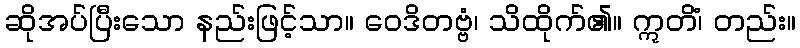
ဆိုအပ်ပြီးသော နည်းဖြင့်သာ။ ဝေဒိတဗ္ဗံ၊ သိထိုက်၏။ ဣတိံ၊ တည်း။